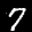
Label: 7